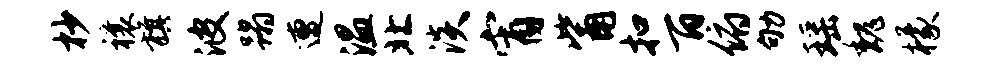
杪禳旗波蹋遭温北淡宵觜扣百俯劬瑶魏檬